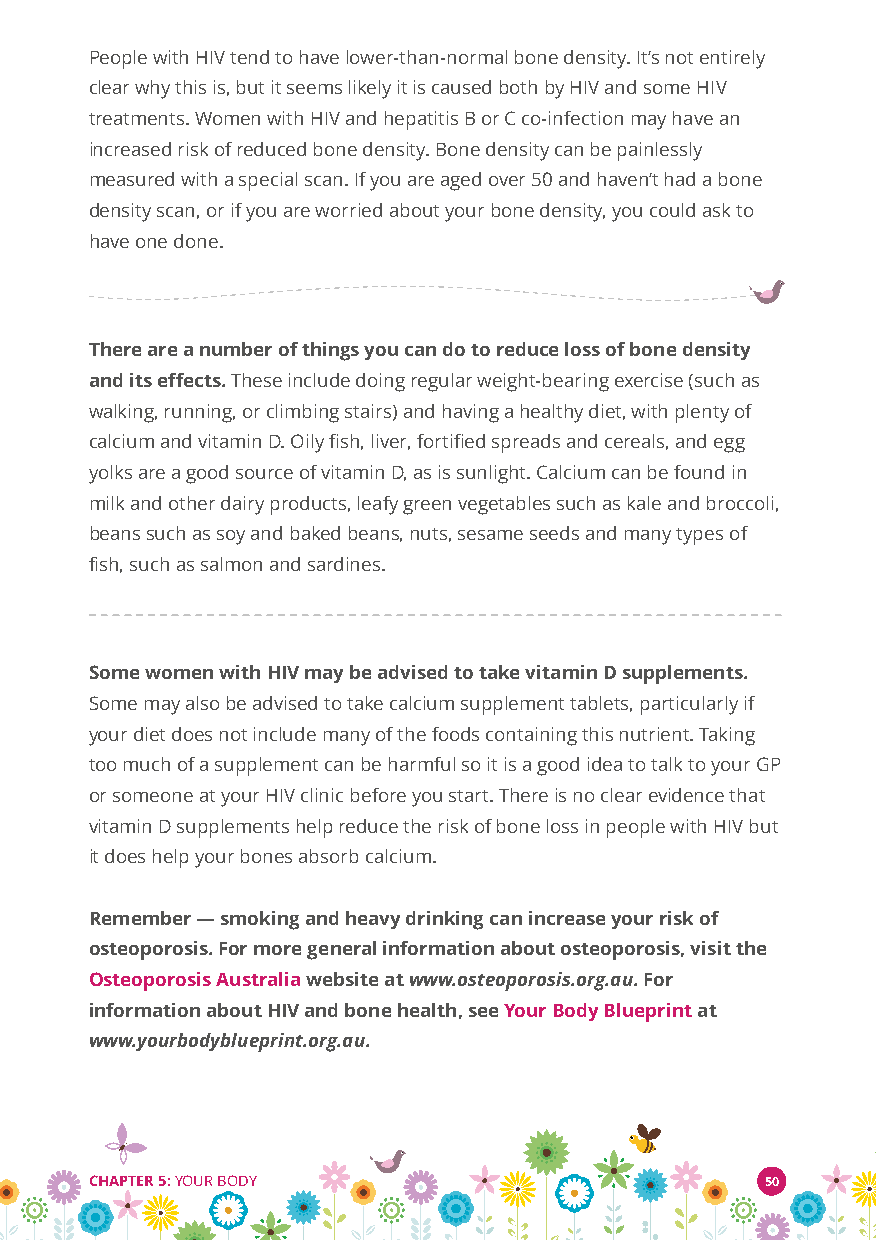
People with HIV tend to have lower-than-normal bone density. It’s not entirely
 clear why this is, but it seems likely it is caused both by HIV and some HIV
 treatments. Women with HIV and hepatitis B or C co-infection may have an
 increased risk of reduced bone density. Bone density can be painlessly
 measured with a special scan. If you are aged over 50 and haven’t had a bone
 density scan, or if you are worried about your bone density, you could ask to
 have one done.
 There are a number of things you can do to reduce loss of bone density
 and its effects.These include doing regular weight-bearing exercise (such as
 walking, running, or climbing stairs) and having a healthy diet, with plenty of
 calcium and vitamin D. Oily fish, liver, fortified spreads and cereals, and egg
 yolks are a good source of vitamin D, as is sunlight. Calcium can be found in
 milk and other dairy products, leafy green vegetables such as kale and broccoli,
 beans such as soy and baked beans, nuts, sesame seeds and many types of
 fish, such as salmon and sardines.
 Some women with HIV may be advised to take vitamin D supplements.
 Some may also be advised to take calcium supplement tablets, particularly if
 your diet does not include many of the foods containing this nutrient. Taking
 too much of a supplement can be harmful so it is a good idea to talk to your GP
 or someone at your HIV clinic before you start. There is no clear evidence that
 vitamin D supplements help reduce the risk of bone loss in people with HIV but
 it does help your bones absorb calcium.
 Remember—smoking and heavy drinking can increase your risk of
 osteoporosis. For more general information about osteoporosis, visit the
 Osteoporosis Australiawebsite atwww.osteoporosis.org.au. For
 information about HIV and bone health, seeYour Body Blueprintat
 www.yourbodyblueprint.org.au.
 CHAPTER 5:YOUR BODY                          50